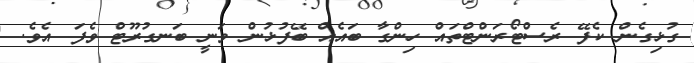
ގުޅިގެން ކެފޭ ރެސްޓޯރަންޓްތައް ހިންގާ ބައެއް ބޭފުޅުން ވަނީ ބަނގުރޫޓް ވެފަ އެވެ.